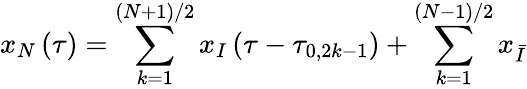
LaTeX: x_{N}\left(\tau\right)=\sum_{k=1}^{\left(N+1\right)/2}x_{I}\left(\tau-\tau_{0,2k-1}\right)+\sum_{k=1}^{\left(N-1\right)/2}x_{\bar{I}}